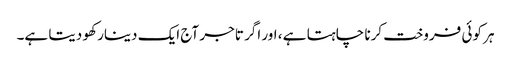
ہر کوئی فروخت کرنا چاہتا ہے ، اور اگر تاجر آج ایک دینار کھو دیتا ہے۔